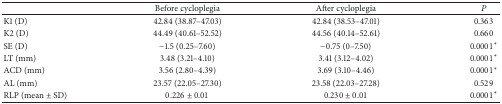
|  | Before cycloplegia | After cycloplegia | P |
 | --- | --- | --- | --- |
 | K1 (D) | 42.84 (38.87–47.03) | 42.84 (38.53–47.01) | 0.363 |
 | K2 (D) | 44.49 (40.61–52.52) | 44.56 (40.14–52.61) | 0.660 |
 | SE (D) | −1.5 (0.25–7.60) | −0.75 (0–7.50) | 0.0001∗ |
 | LT (mm) | 3.48 (3.21–4.10) | 3.41 (3.12–4.02) | 0.0001∗ |
 | ACD (mm) | 3.56 (2.80–4.39) | 3.69 (3.10–4.46) | 0.0001∗ |
 | AL (mm) | 23.57 (22.05–27.30) | 23.58 (22.03–27.28) | 0.529 |
 | RLP (mean ± SD) | 0.226 ± 0.01 | 0.230 ± 0.01 | 0.0001∗ |